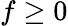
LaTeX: f\geq 0